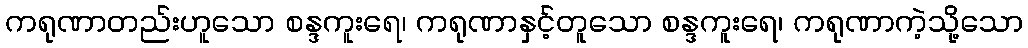
ကရုဏာတည်းဟူသော စန္ဒကူးရေ၊ ကရုဏာနှင့်တူသော စန္ဒကူးရေ၊ ကရုဏာကဲ့သို့သော